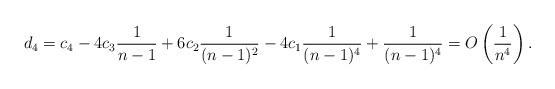
LaTeX: \begin{align*}d_4=c_4-4c_3\frac{1}{n-1}+6c_2\frac{1}{(n-1)^2}-4c_1\frac{1}{(n-1)^4}+\frac{1}{(n-1)^4}=O\left(\frac{1}{n^4}\right).\end{align*}